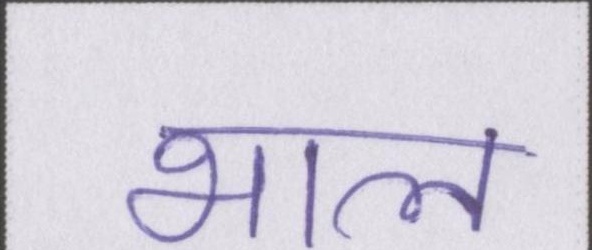
भाल